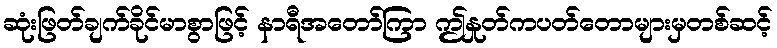
ဆုံးဖြတ်ချက်ခိုင်မာစွာဖြင့် နာရီအတော်ကြာ ဤနှုတ်ကပတ်တောများမှတစ်ဆင့်